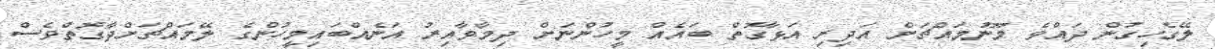
ލޭގެހިގުން ދައްވެ މޫނުމައްޗަށް އަދިރި އަޅާގޮތް ބައެއް މީހުންނަށް ދިމާވާއިރު އަނެއްބައިމީހުންގެ ލޭމައްޗަށްދާގޮތްވެސް